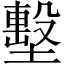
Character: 墼